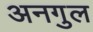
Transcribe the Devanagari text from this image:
अनगुल